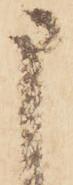
申